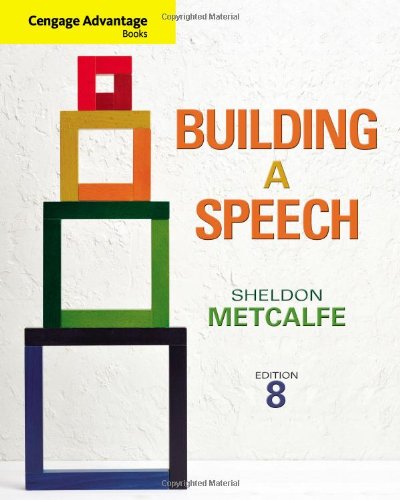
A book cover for Cengage Advantage Books: Building a Speech; Sheldon Metcalfe; Business & Money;